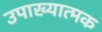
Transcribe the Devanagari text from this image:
उपाख्यात्मक